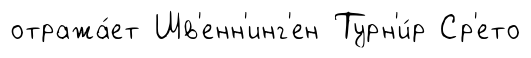
отража́ет Шв'енн'инг'ен Турн'и́р Ср'ето